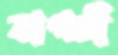
বাগচী